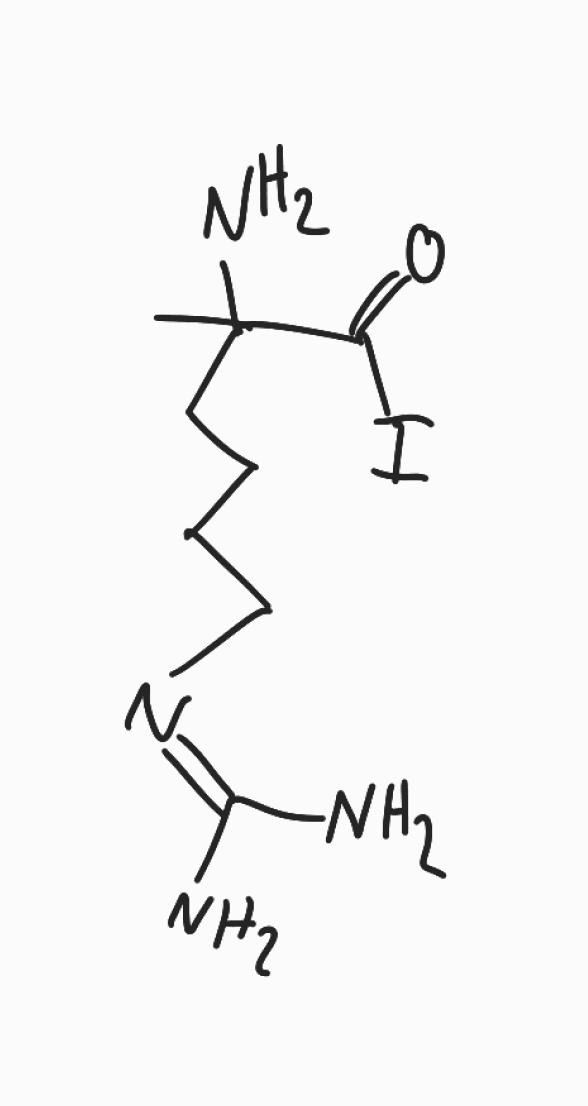
Simplified molecular-input line-entry system (SMILES) notation of the given molecule:
CC(CCCCN=C(N)N)(C(=O)I)N